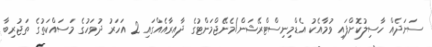
ސަނަދެއް ހާސިލުކޮށްފައި ވުމާއެކު އެޑްމިނިސްޓްރޭޝަން/މެނޭޖްމަންޓުގެ ދާއިރާއެއްގައި 2 އަހަރު ދުވަހުގެ މަސައްކަތުގެ ތަޖުރިބާ